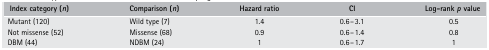
<table><thead><tr><td><b>Index category (<i>n</i>)</b></td><td><b>Comparison (<i>n</i>)</b></td><td><b>Hazard ratio</b></td><td><b>CI</b></td><td><b>Log-rank <i>p</i> value</b></td></tr></thead><tbody><tr><td>Mutant (120)</td><td>Wild type (7)</td><td>1.4</td><td>0.6–3.1</td><td>0.5</td></tr><tr><td>Not missense (52)</td><td>Missense (68)</td><td>0.9</td><td>0.6–1.4</td><td>0.8</td></tr><tr><td>DBM (44)</td><td>NDBM (24)</td><td>1</td><td>0.6–1.7</td><td>1</td></tr></tbody></table>